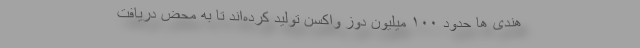
هندی ها حدود ۱۰۰ میلیون دوز واکسن تولید کرده‌اند تا به محض دریافت